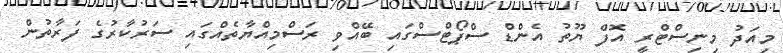
މިއަދު މިނިސްޓްރީ އޮފް ޔޫތު އެންޑް ސްޕޯޓްސްގައި ބޭއްވި ރަސްމިއްޔާތެއްގައި ސަރުކާރުގެ ފަރާތުން